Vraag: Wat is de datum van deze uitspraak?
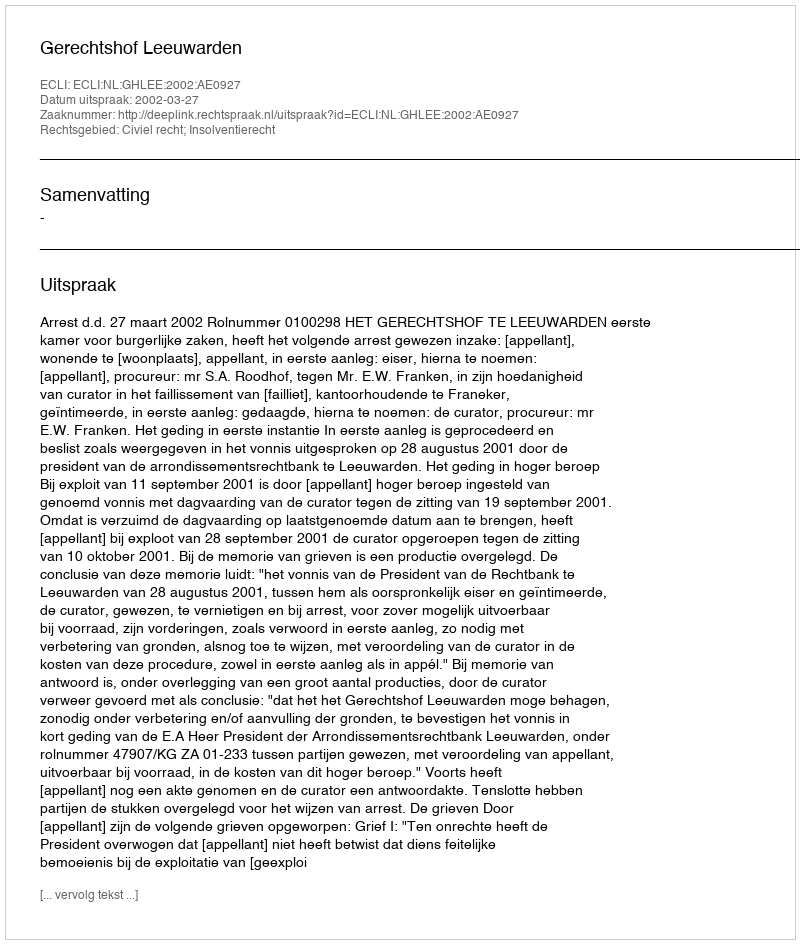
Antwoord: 2002-03-27